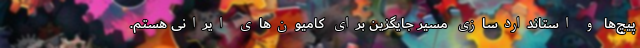
پیچ‌ها و استانداردسازی مسیر جایگزین برای کامیون‌های ایرانی هستم.